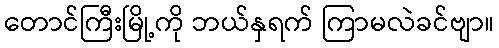
တောင်ကြီးမြို့ကို ဘယ်နှရက် ကြာမလဲခင်ဗျာ။